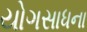
યોગસાધના